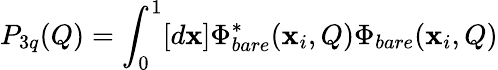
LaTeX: P_{3q}(Q)=\int_{0}^{1}[d\mathbf{x}]\Phi_{bare}^{*}(\mathbf{x}_{i},Q)\Phi_{bare}(\mathbf{x}_{i},Q)